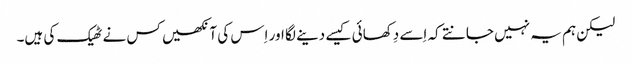
‏ لیکن ہم یہ نہیں جانتے کہ اِسے دِکھائی کیسے دینے لگا اور اِس کی آنکھیں کس نے ٹھیک کی ہیں۔